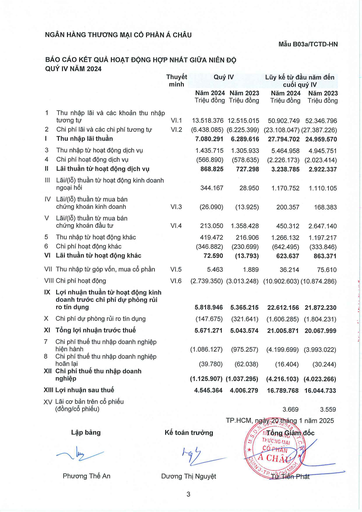
||Thuyết minh|Quý|IV|Lũy kế từ đầu|cuối năm đến quý IV| |---|---|---|---|---|---| |||Năm 2024 Triệu đồng|Năm 2023 Triệu đồng|Năm 2024 Triệu đồng|Năm 2023 Triệu đồng| |1 Thu nhập lãi và các khoản thu nhập tương tự|VI.1|13.518.376|12.515.015|50.902.749|52.346.796| |2 Chi phí lãi và các chi phí tương tự|VI.2|(6.438.085)|(6.225.399)|(23.108.047)|(27.387.226)| |I Thu nhập lãi thuần||7.080.291|6.289.616|27.794.702|24.959.570| |3 Thu nhập từ hoạt động dịch vụ||1.435.715|1.305.933|5.464.958|4.945.751| |4 Chi phí hoạt động dịch vụ||(566.890)|(578.635)|(2.226.173)|(2.023.414)| |II Lãi thuần từ hoạt động dịch vụ||868.825|727.298|3.238.785|2.922.337| |III Lãi/(lỗ) thuần từ hoạt động kinh doanh ngoại hối||344.167|28.950|1.170.752|1.110.105| |IV Lãi/(lỗ) thuần từ mua bán chứng khoán kinh doanh|VI.3|(26.090)|(13.925)|200.357|168.383| |V Lãi/(lỗ) thuần từ mua bán chứng khoán đầu tư|VI.4|213.050|1.358.428|450.312|2.647.140| |5 Thu nhập từ hoạt động khác||419.472|216.906|1.266.132|1.197.217| |6 Chi phí hoạt động khác||(346.882)|(230.699)|(642.495)|(333.846)| |VI Lãi thuần từ hoạt động khác||72.590|(13.793)|623.637|863.371| |VII Thu nhập từ góp vốn, mua cổ phần|VI.5|5.463|1.889|36.214|75.610| |VIII Chi phí hoạt động|VI.6|(2.739.350)|(3.013.248)|(10.902.603)|(10.874.286)| |IX Lợi nhuận thuần từ hoạt động kinh doanh trước chi phí dự phòng rủi ro tín dụng||5.818.946|5.365.215|22.612.156|21.872.230| |X Chi phí dự phòng rủi ro tín dụng||(147.675)|(321.641)|(1.606.285)|(1.804.231)| |XI Tổng lợi nhuận trước thuế||5.671.271|5.043.574|21.005.871|20.067.999| |7 Chi phí thuế thu nhập doanh nghiệp hiện hành||(1.086.127)|(975.257)|(4.199.699)|(3.993.022)| |8 Chi phí thuế thu nhập doanh nghiệp hoãn lại||(39.780)|(62.038)|(16.404)|(30.244)| |XII Chi phí thuế thu nhập doanh nghiệp||(1.125.907)|(1.037.295)|(4.216.103)|(4.023.266)| |XIII Lợi nhuận sau thuế||4.545.364|4.006.279|16.789.768|16.044.733| |XV Lãi cơ bản trên cổ phiếu (đồng/cổ phiếu)||||3.669|3.559|